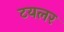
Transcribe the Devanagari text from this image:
टयलर